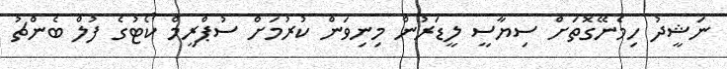
ނަޝީދު ހިމެނޭގޮތަށް ސިޔާސީ ލީޑަރުން މިނިވަން ކުރުމަށް ސުޕްރީމް ކޯޓުގެ ފުލް ބެންޗު